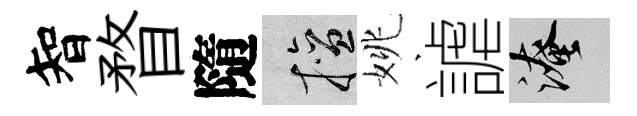
智瞀隨擅姚謔淹